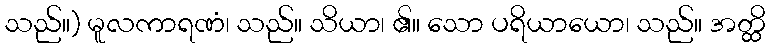
သည်။) မူလကာရဏံ၊ သည်။ သိယာ၊ ၏။ သော ပရိယာယော၊ သည်။ အတ္ထိ